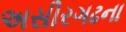
અસીરગઢના